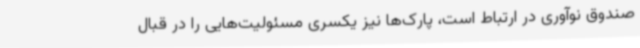
صندوق نوآوری در ارتباط است، پارک‌ها نیز یکسری مسئولیت‌هایی را در قبال